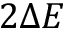
2 \Delta E